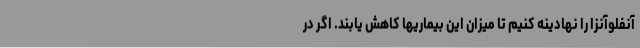
آنفلوآنزا را نهادینه کنیم تا میزان این بیماریها کاهش یابند. اگر در